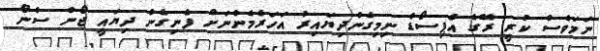
ނަމަވެސް ކުރީ ރޭގެ އެޕިސޯޑް ނިމިގެންދިޔައިރު އަހަރެމެންނަށް ފެނިގެން ދިޔައީ ޖޯން ސްނޯ